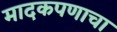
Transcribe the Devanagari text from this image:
मादकपणाचा